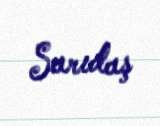
Sarıdaş